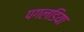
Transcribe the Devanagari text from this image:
पगलडिया